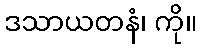
ဒသာယတနံ၊ ကို။